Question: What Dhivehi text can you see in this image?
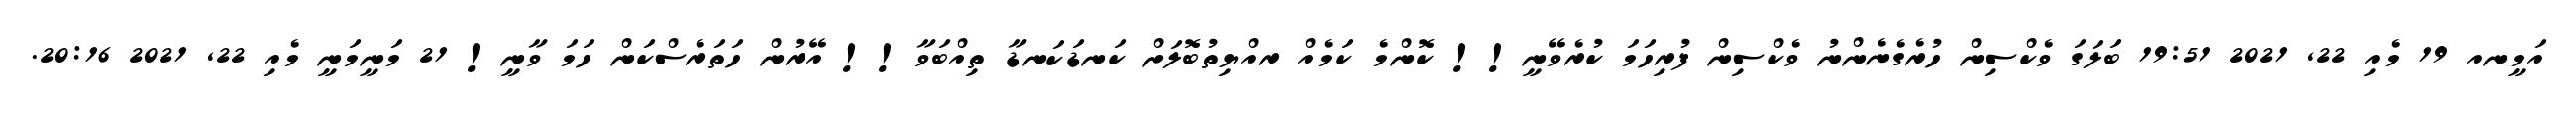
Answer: އަމީނއ 19 މެއި 22, 2021 19:51 ބަލަގަ ވެކްސިން ހުރެގެނެންނު ވެކްސިން ފުރިހަމަ ކުރެވޭނީ!! ކޮންމެ ކަމެއް ރއްޔިތުބޮލަށް ކަނޑަކަނޑާ ތިއްބަވާ!! އޭރުން ހަތަރެސްކަން ހަމަ ވާނީ! 21 މަނީމަނީ މެއި 22, 2021 20:16.